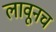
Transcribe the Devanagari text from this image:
लावूनच